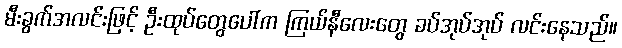
မီးခွက်အလင်းဖြင့် ဦးထုပ်တွေပေါ်က ကြယ်နီလေးတွေ ခပ်အုပ်အုပ် လင်းနေသည်။